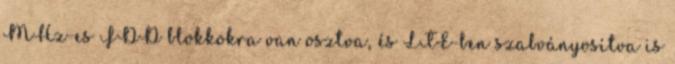
MHz-es FDD blokkokra van osztva, és LTE-ben szabványosítva is